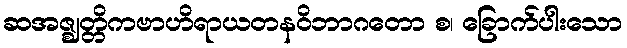
ဆအဇ္ဈတ္တိကဗာဟိရာယတနဝိဘာဂတော စ၊ ခြောက်ပါးသော